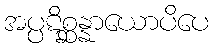
အပ္ပဋိစ္ဆန္နာယောပိပေ